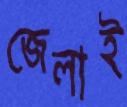
জেলাই